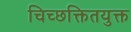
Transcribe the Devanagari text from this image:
चिच्छक्तितयुक्त